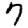
Digit: 7